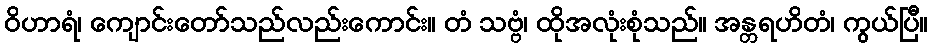
ဝိဟာရံ၊ ကျောင်းတော်သည်လည်းကောင်း။ တံ သဗ္ဗံ၊ ထိုအလုံးစုံသည်။ အန္တရဟိတံ၊ ကွယ်ပြီ။